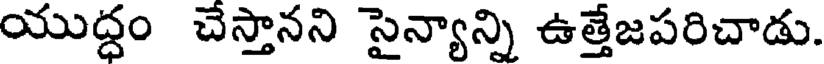
యుద్ధం చేస్తానని సైన్యాన్ని ఉత్తేజపరిచాడు.